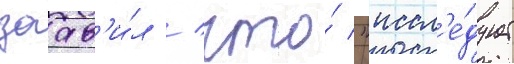
заав'и́л / что́ "иссл'е́дует